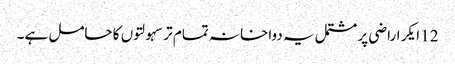
12 ایکر اراضی پر مشتمل یہ دواخانہ تمام تر سہولتوں کا حامل ہے۔